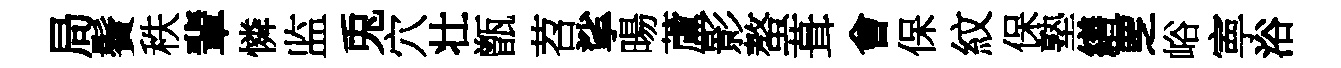
局鬢秩輩憐监兎穴壮甑苕挲暘蘆影螯葺㑹保紋保塾繕覂峪寕浴